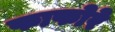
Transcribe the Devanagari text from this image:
फाफोरे